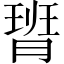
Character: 𪱟